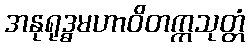
အနုရုဒ္ဓမဟာဝိတက္ကသုတ္တံ